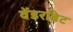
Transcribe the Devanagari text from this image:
वेंडरबिट